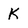
Character: K